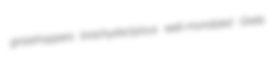
grasshoppers brachydactylous well-moralized Grete